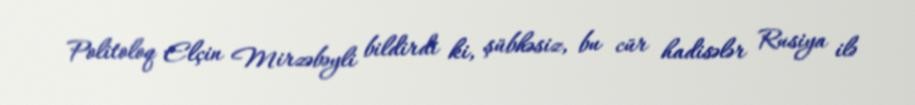
Politoloq Elçin Mirzəbəyli bildirdi ki, şübhəsiz, bu cür hadisələr Rusiya ilə